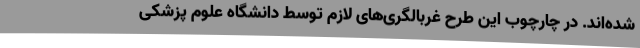
شده‌اند. در چارچوب این طرح غربالگری‌های لازم توسط دانشگاه علوم پزشکی